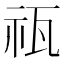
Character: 𥘳